Annual report of the Imperial Bacteriologist
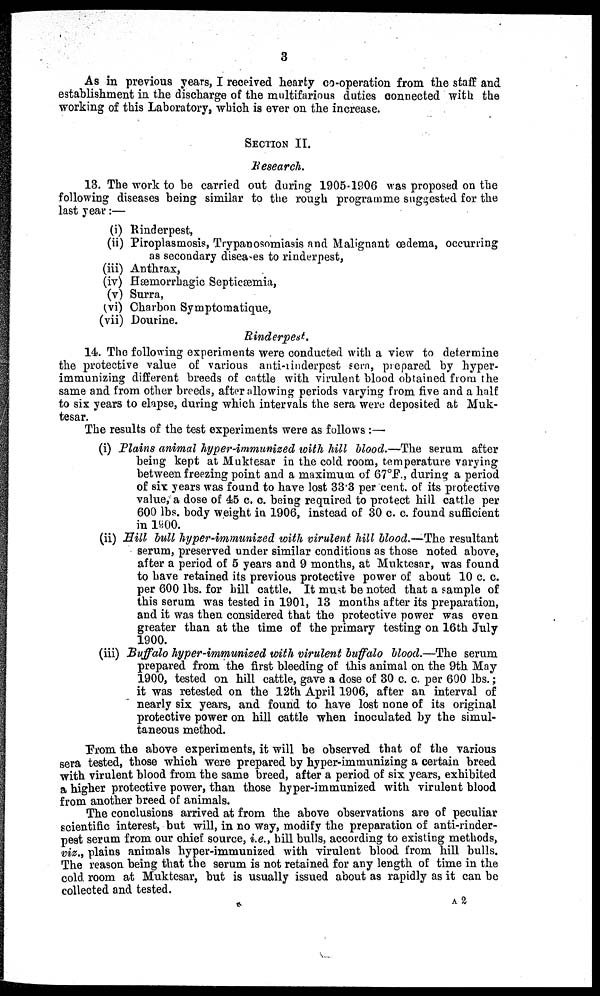
3
As in previous years, I received hearty co-operation from the staff and
establishment in the discharge of the multifarious duties connected with the
working of this Laboratory, which is ever on the increase.
SECTION II.
Research.
13. The work to be carried out during 1905-1906 was proposed on the
following diseases being similar to the rough programme suggested for the
last year:—
(i) Rinderpest,
(ii) Piroplasmosis, Trypanosomiasis and Malignant œdema, occurring
as secondary diseases to rinderpest,
(iii) Anthrax,
(iv) Hæmorrhagic Septicæmia,
(v) Surra,
(vi) Charbon Symptomatique,
(vii) Dourine.
Rinderpest.
14. The following experiments were conducted with a view to determine
the protective value of various anti-rinderpest sera, prepared by hyper-
immunizing different breeds of cattle with virulent blood obtained from the
same and from other breeds, after allowing periods varying from five and a half
to six years to elapse, during which intervals the sera were deposited at Muk-
tesar.
The results of the test experiments were as follows :—
(i) Plains animal hyper-immunized with hill blood.—The serum after
being kept at Muktesar in the cold room, temperature varying
between freezing point and a maximum of 67°F., during a period
of six years was found to have lost 33.3 per cent. of its protective
value, a dose of 45 c. c. being required to protect hill cattle per
600 lbs. body weight in 1906, instead of 30 c. c. found sufficient
in 1900.
(ii) Hill bull hyper-immunized with virulent hill blood.—The resultant
serum, preserved under similar conditions as those noted above,
after a period of 5 years and 9 months, at Muktesar, was found
to have retained its previous protective power of about 10 c. c.
per 600 lbs. for hill cattle. It must be noted that a sample of
this serum was tested in 1901, 13 months after its preparation,
and it was then considered that the protective power was even
greater than at the time of the primary testing on 16th July
1900.
(iii) Buffalo hyper-immunized with virulent buffalo blood.—The serum
prepared from the first bleeding of this animal on the 9th May
1900, tested on hill cattle, gave a dose of 30 c. c. per 600 lbs.;
it was retested on the 12th April 1906, after an interval of
nearly six years, and found to have lost none of its original
protective power on hill cattle when inoculated by the simul-
taneous method.
From the above experiments, it will be observed that of the various
sera tested, those which were prepared by hyper-immunizing a certain breed
with virulent blood from the same breed, after a period of six years, exhibited
a higher protective power, than those hyper-immunized with virulent blood
from another breed of animals.
The conclusions arrived at from the above observations are of peculiar
scientific interest, but will, in no way, modify the preparation of anti-rinder-
pest serum from our chief source, i.e., hill bulls, according to existing methods,
viz., plains animals hyper-immunized with virulent blood from hill bulls.
The reason being that the serum is not retained for any length of time in the
cold room at Muktesar, but is usually issued about as rapidly as it can be
collected and tested. A 2